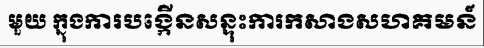
មួយ ក្នុងការបង្កើនសន្ទុះការកសាងសហគមន៍